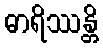
ဓာရိဿန္တိ